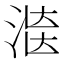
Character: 𱧄